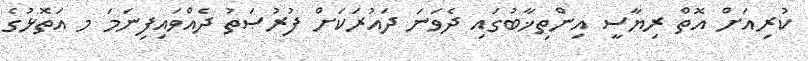
ކުރިއަށް އޮތް ރިޔާސީ އިންތިޚާބުގައި ދެވަނަ ދައުރަކަށް ފުރުޞަތު ދެއްވައިފިނަމަ މ އަތޮޅުގެ